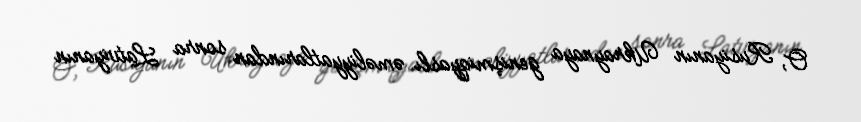
O, Rusiyanın Ukraynaya genişmiqyaslı əməliyyatlarından sonra Latviyanın